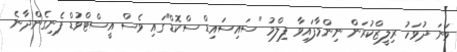
ވަނަ ދުވަހު ރިލީޒްކުރަން ނިންމާފައިވާ ފިލްމު "ސައިސައިޑް ސްކޮޑް"ގައި ވެސް އީސްޓްވުޑް ފެނިގެންދާނެ